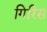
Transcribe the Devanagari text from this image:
गिरिस